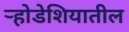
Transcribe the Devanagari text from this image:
र्‍होडेशियातील